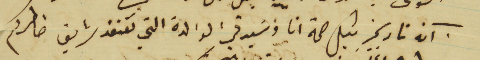
آنه تاريخه بكل صحة انا وسَيدتي الوالدة التي تفتقد شريف خاطركم